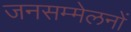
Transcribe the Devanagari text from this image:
जनसम्मेलनों